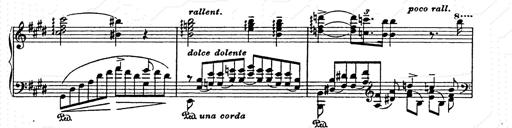
Title: AnnÃ©es de pÃ¨lerinage II
Composer: Franz Liszt